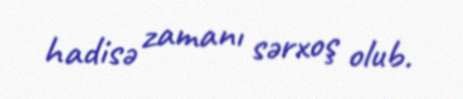
hadisə zamanı sərxoş olub.